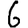
Digit: 6